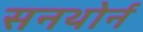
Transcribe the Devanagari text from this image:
सनथोर्न